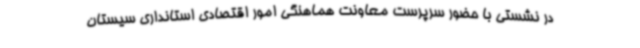
در نشستی با حضور سرپرست معاونت هماهنگی امور اقتصادی استانداری سیستان